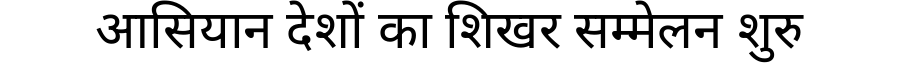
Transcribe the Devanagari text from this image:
आसियान देशों का शिखर सम्मेलन शुरु